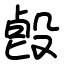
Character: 㲃